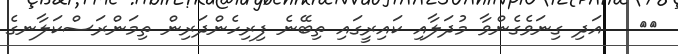
١٣   އަދި ގިނަވެގެންވާ މުދަލާއި ކައިރީގައި ތިބޭނެ ފިރިހެންދަރިން ތިމަންރަސްކަލާނގެ